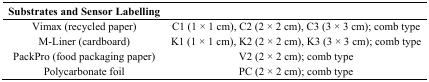
<table><thead><tr><td><b>Substrates and Sensor Labelling</b></td><td>[EMPTY_CELL]</td></tr></thead><tbody><tr><td>Vimax (recycled paper)</td><td>C1 (1 × 1 cm), C2 (2 × 2 cm), C3 (3 × 3 cm); comb type</td></tr><tr><td>M-Liner (cardboard)</td><td>K1 (1 × 1 cm), K2 (2 × 2 cm), K3 (3 × 3 cm); comb type</td></tr><tr><td>PackPro (food packaging paper)</td><td>V2 (2 × 2 cm); comb type</td></tr><tr><td>Polycarbonate foil</td><td>PC (2 × 2 cm); comb type</td></tr></tbody></table>